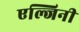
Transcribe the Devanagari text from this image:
एल्जिनी